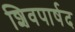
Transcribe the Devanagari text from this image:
शिवपार्षद